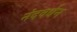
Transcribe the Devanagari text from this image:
नंदवर्धन